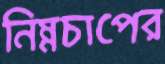
নিম্নচাপের